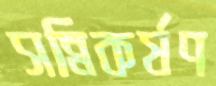
সন্নিকর্ষণ